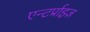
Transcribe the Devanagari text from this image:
एन्टर्प्राइज़